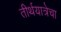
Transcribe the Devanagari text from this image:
तीर्थयात्रेचा